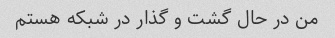
من در حال گشت و گذار در شبکه هستم